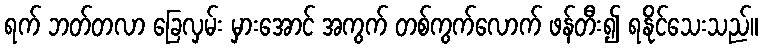
ရက် ဘတ်တလာ ခြေလှမ်း မှားအောင် အကွက် တစ်ကွက်လောက် ဖန်တီး၍ ရနိုင်သေးသည်။